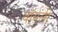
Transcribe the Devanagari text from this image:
वॉर्सली